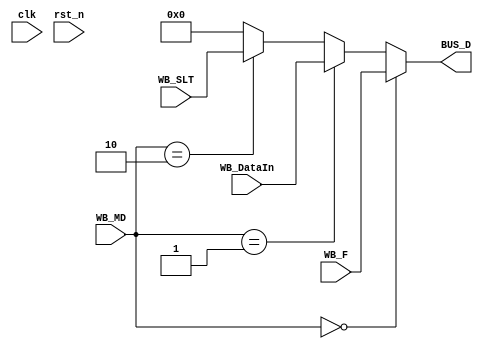
`timescale  1ns/100ps
module MUX_D(clk,rst_n,WB_F, WB_DataIn,WB_SLT ,WB_MD, BUS_D);
	input [31:0] WB_F , WB_DataIn , WB_SLT;
	input [1:0]WB_MD;
	input clk ,rst_n ;
	output reg [31:0] BUS_D;
	
	
	always @(*)
	begin
		if (WB_MD == 2'b00)
			BUS_D <=  WB_F;
		else if (WB_MD == 2'b01)
			BUS_D <= WB_DataIn;
		else if (WB_MD == 2'b10)
			BUS_D <= WB_SLT;
		else
			BUS_D <= 0 ;
	end	
		
endmodule